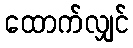
ထောက်လျှင်